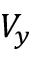
V _ { y }